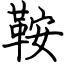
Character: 鞍